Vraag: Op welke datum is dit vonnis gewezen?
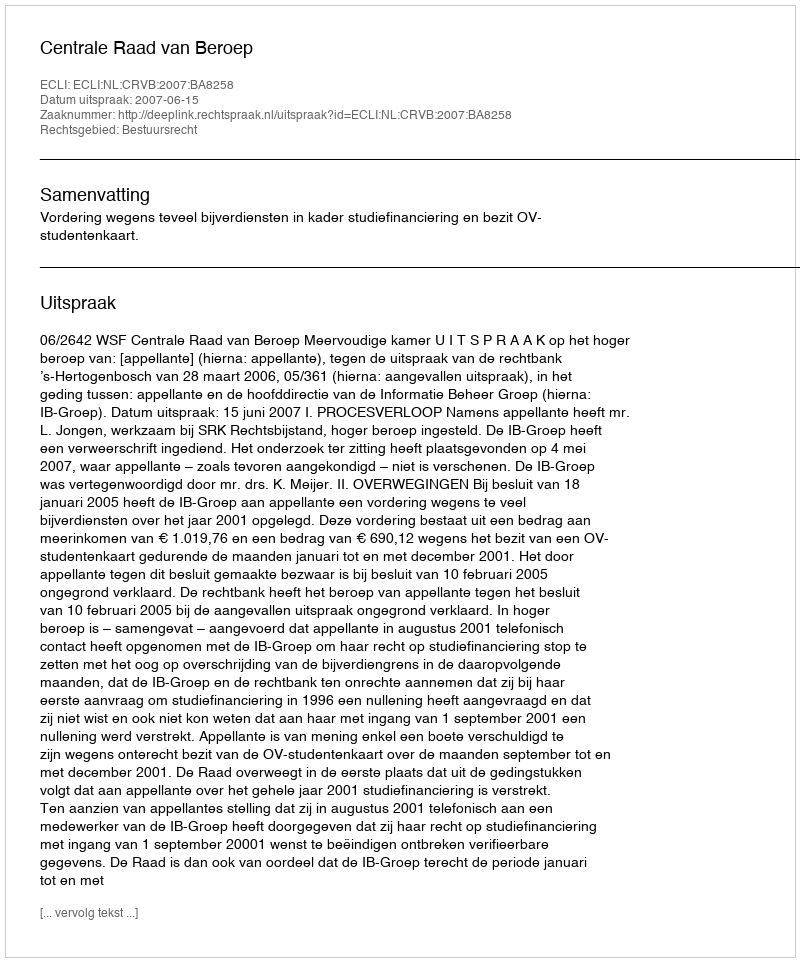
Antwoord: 2007-06-15